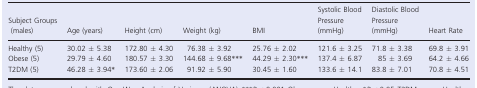
| Subject Groups (males) | Age (years) | Height (cm) | Weight (kg) | BMI | Systolic Blood Pressure (mmHg) | Diastolic Blood Pressure (mmHg) | Heart Rate |
 | --- | --- | --- | --- | --- | --- | --- | --- |
 | Healthy (5) | 30.02 ± 5.38 | 172.80 ± 4.30 | 76.38 ± 3.92 | 25.76 ± 2.02 | 121.6 ± 3.25 | 71.8 ± 3.38 | 69.8 ± 3.91 |
 | Obese (5) | 29.79 ± 4.60 | 180.57 ± 3.30 | 144.68 ± 9.68*** | 44.29 ± 2.30*** | 137.4 ± 6.87 | 85 ± 3.69 | 64.2 ± 4.66 |
 | T2DM (5) | 46.28 ± 3.94* | 173.60 ± 2.06 | 91.92 ± 5.90 | 30.45 ± 1.60 | 133.6 ± 14.1 | 83.8 ± 7.01 | 70.8 ± 4.51 |